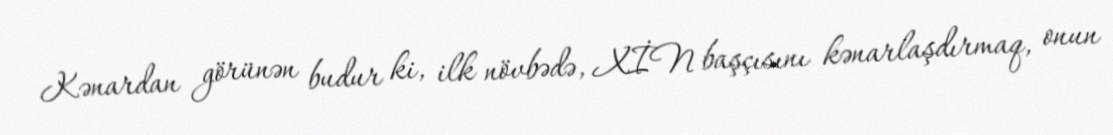
Kənardan görünən budur ki, ilk növbədə, XİN başçısını kənarlaşdırmaq, onun